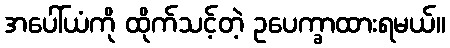
အပေါ်ယံကို ထိုက်သင့်တဲ့ ဥပေက္ခာထားရမယ်။